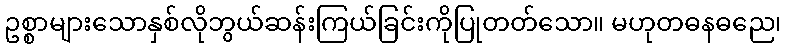
ဥစ္စာများသောနှစ်လိုဘွယ်ဆန်းကြယ်ခြင်းကိုပြုတတ်သော။ မဟုတဓနဓညေ၊